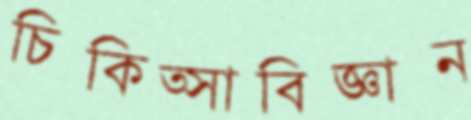
চিকিত্সাবিজ্ঞান